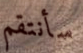
سأنتقم